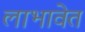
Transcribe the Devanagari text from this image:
लाभावेत